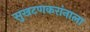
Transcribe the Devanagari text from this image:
सुखटणकरांनाला